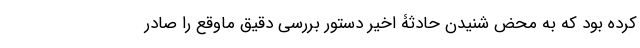
کرده بود که به محض شنیدن حادثۀ اخیر دستور بررسی دقیق ماوقع را صادر